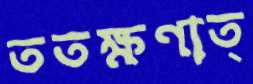
ততক্ষণাত্